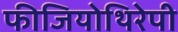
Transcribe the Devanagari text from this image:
फीजियोथिरेपी